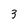
Character: 3